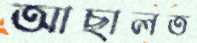
আছালত